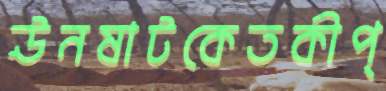
ঊনষাটকেতকীপ্